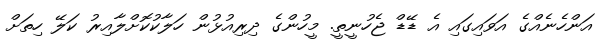
އަންހެނެއްގެ އަވައިގައި އެ ޑޭޑް ޖެހުނީތީ. މީހުންގެ ދިރިއުޅުން ހަލާކުކޮށްލާއިރު ކަލޭ ހިތަށް